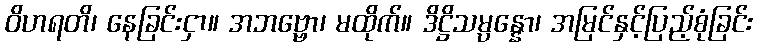
ဝိဟရတိ၊ နေခြင်းငှာ။ အဘဗ္ဗော၊ မထိုက်။ ဒိဋ္ဌိသမ္ပန္နော၊ အမြင်နှင့်ပြည့်စုံခြင်း